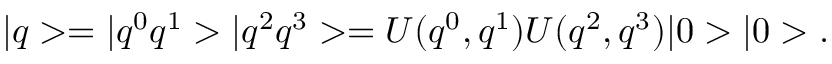
| q > = | q ^ { 0 } q ^ { 1 } > | q ^ { 2 } q ^ { 3 } > = U ( q ^ { 0 } , q ^ { 1 } ) U ( q ^ { 2 } , q ^ { 3 } ) | 0 > | 0 > .